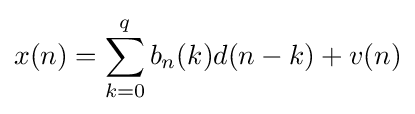
x(n)=\sum _{k=0}^{q}b_{n}(k)d(n-k)+v(n)